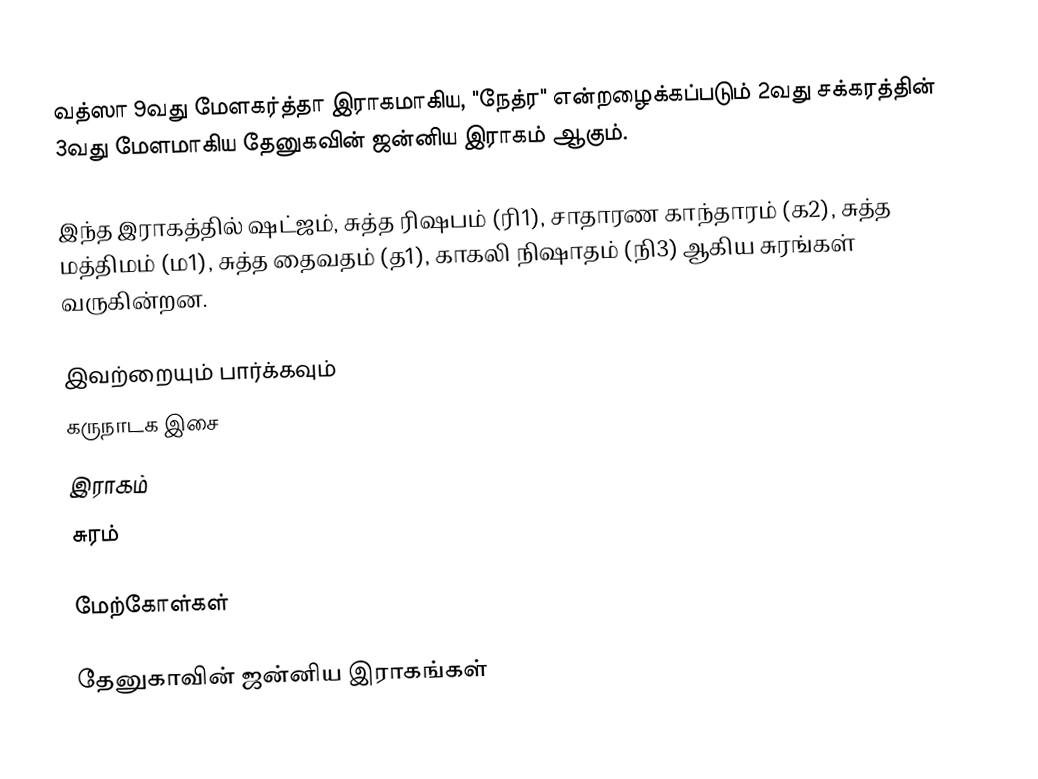
வத்ஸா 9வது மேளகர்த்தா இராகமாகிய, "நேத்ர" என்றழைக்கப்படும் 2வது சக்கரத்தின் 3வது மேளமாகிய தேனுகவின் ஜன்னிய இராகம் ஆகும்.

இந்த இராகத்தில் ஷட்ஜம், சுத்த ரிஷபம் (ரி1), சாதாரண காந்தாரம் (க2), சுத்த மத்திமம் (ம1), சுத்த தைவதம் (த1), காகலி நிஷாதம் (நி3) ஆகிய சுரங்கள் வருகின்றன.

இவற்றையும் பார்க்கவும்
 கருநாடக இசை
 இராகம்
 சுரம்

மேற்கோள்கள்

தேனுகாவின் ஜன்னிய இராகங்கள்